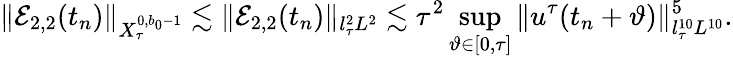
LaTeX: \Vert\mathcal{E}_{2,2}(t_{n})\Vert_{X_{\tau}^{0,b_{0}-1}}\lesssim\Vert\mathcal{E}_{2,2}(t_{n})\Vert_{l_{\tau}^{2}L^{2}}\lesssim\tau^{2}\operatorname*{sup}_{\vartheta\in[0,\tau]}\| u^{\tau}(t_{n}+\vartheta)\| _{l_{\tau}^{10}L^{10}}^{5}.